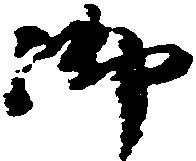
御